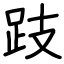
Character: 跂